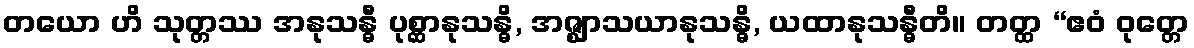
တယော ဟိ သုတ္တဿ အနုသန္ဓီ ပုစ္ဆာနုသန္ဓိ, အဇ္ဈာသယာနုသန္ဓိ, ယထာနုသန္ဓီတိ။ တတ္ထ “ဧဝံ ဝုတ္တေ